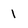
Character: 1